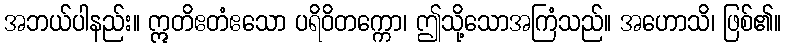
အဘယ်ပါနည်း။ ဣတိဧတံဧသော ပရိဝိတက္ကော၊ ဤသို့သောအကြံသည်။ အဟောသိ၊ ဖြစ်၏။